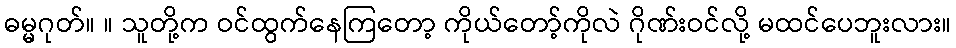
ဓမ္မဂုတ်။ ။ သူတို့က ဝင်ထွက်နေကြတော့ ကိုယ်တော့်ကိုလဲ ဂိုဏ်းဝင်လို့ မထင်ပေဘူးလား။